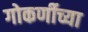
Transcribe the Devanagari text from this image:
गोकर्णीच्या